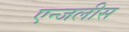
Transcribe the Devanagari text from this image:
एन्जलीस